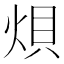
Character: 𪸭